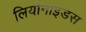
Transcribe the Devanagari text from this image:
लियोनाइडस